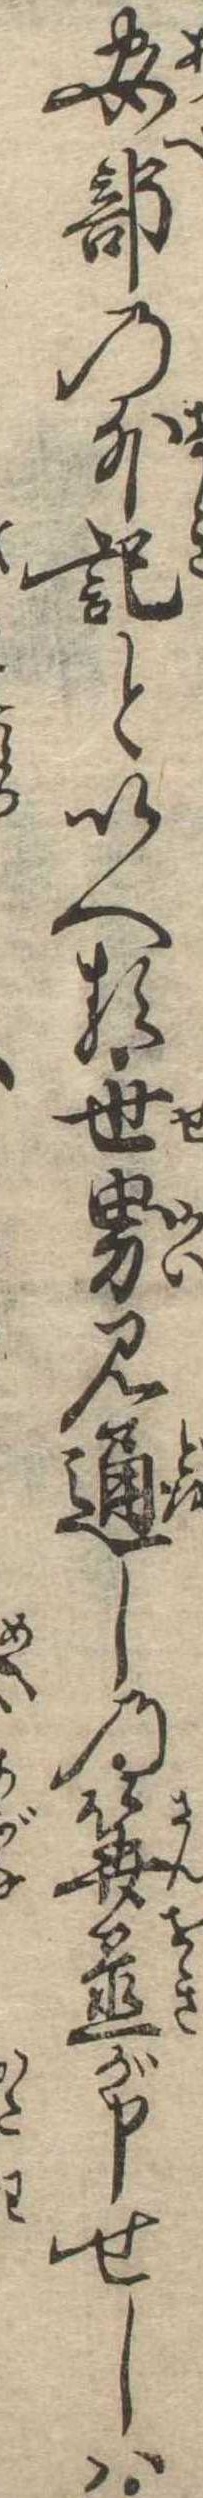
安部の外記といへる世界見通しの算置が申せしは